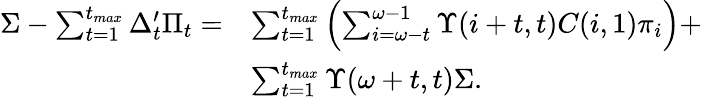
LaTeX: \begin{array}{rl}{\Sigma-\sum_{t=1}^{t_{max}}\Delta_{t}^{\prime}\Pi_{t}=}&{\sum_{t=1}^{t_{max}}\left(\sum_{i=\omega-t}^{\omega-1}\Upsilon(i+t,t)C(i,1)\pi_{i}\right)+}\\ &{\sum_{t=1}^{t_{max}}\Upsilon(\omega+t,t)\Sigma.}\end{array}